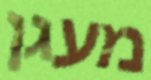
מעגן